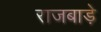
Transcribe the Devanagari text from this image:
राजबाड़े